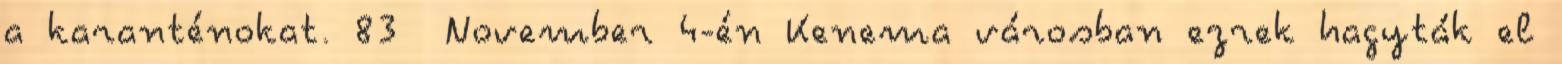
a karanténokat. 83 November 4-én Kenema városban ezrek hagyták el